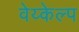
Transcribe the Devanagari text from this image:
वेय्केल्प